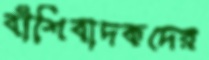
বাঁশিবাদকদের